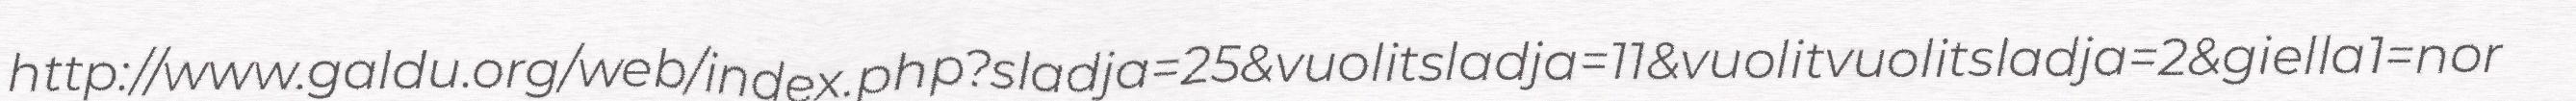
http://www.galdu.org/web/index.php?sladja=25&vuolitsladja=11&vuolitvuolitsladja=2&giella1=nor